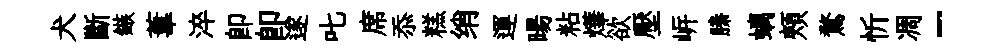
犬斷鏃葦淬即卽遂叱席忝糕绡運暘粘燁欲壓㟁縢螭頰鶩忻凋-